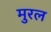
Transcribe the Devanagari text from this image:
मुरल